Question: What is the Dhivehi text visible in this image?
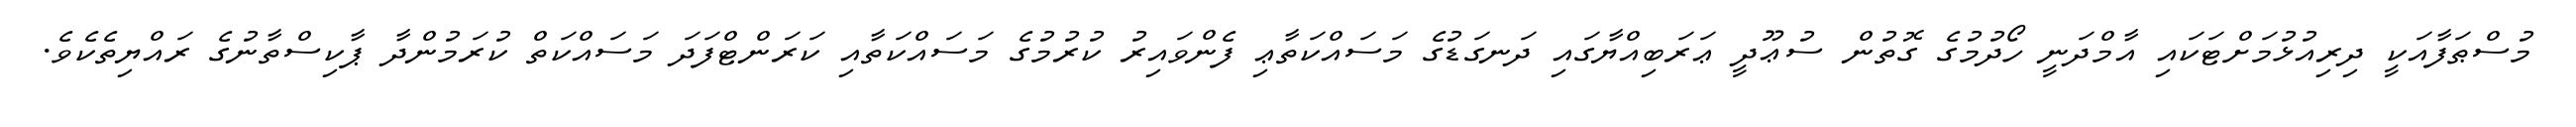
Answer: މުސްޠަފާއަކީ ދިރިއުޅުމަށްޓަކައި އާމްދަނީ ހޯދުމުގެ ގޮތުން ސުޢޫދީ ޢަރަބިއްޔާގައި ދަނގަޑުގެ މަސައްކަތާޢި ފެންވައިރު ކުރުމުގެ މަސައްކަތާއި ކަރަންޓްފަދަ މަސައްކަތް ކުރަމުންދާ ޕާކިސްތާނުގެ ރައްޔިތެކެވެ.